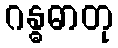
ဂန္ဓဓာတု